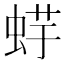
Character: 𧋪